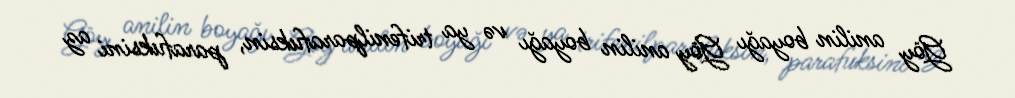
Göy anilin boyağı Göy anilin boyağı və ya trifenilparafuksin, parafuksini az